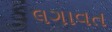
લગાવત